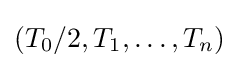
(T_{0}/2,T_{1},\ldots ,T_{n})